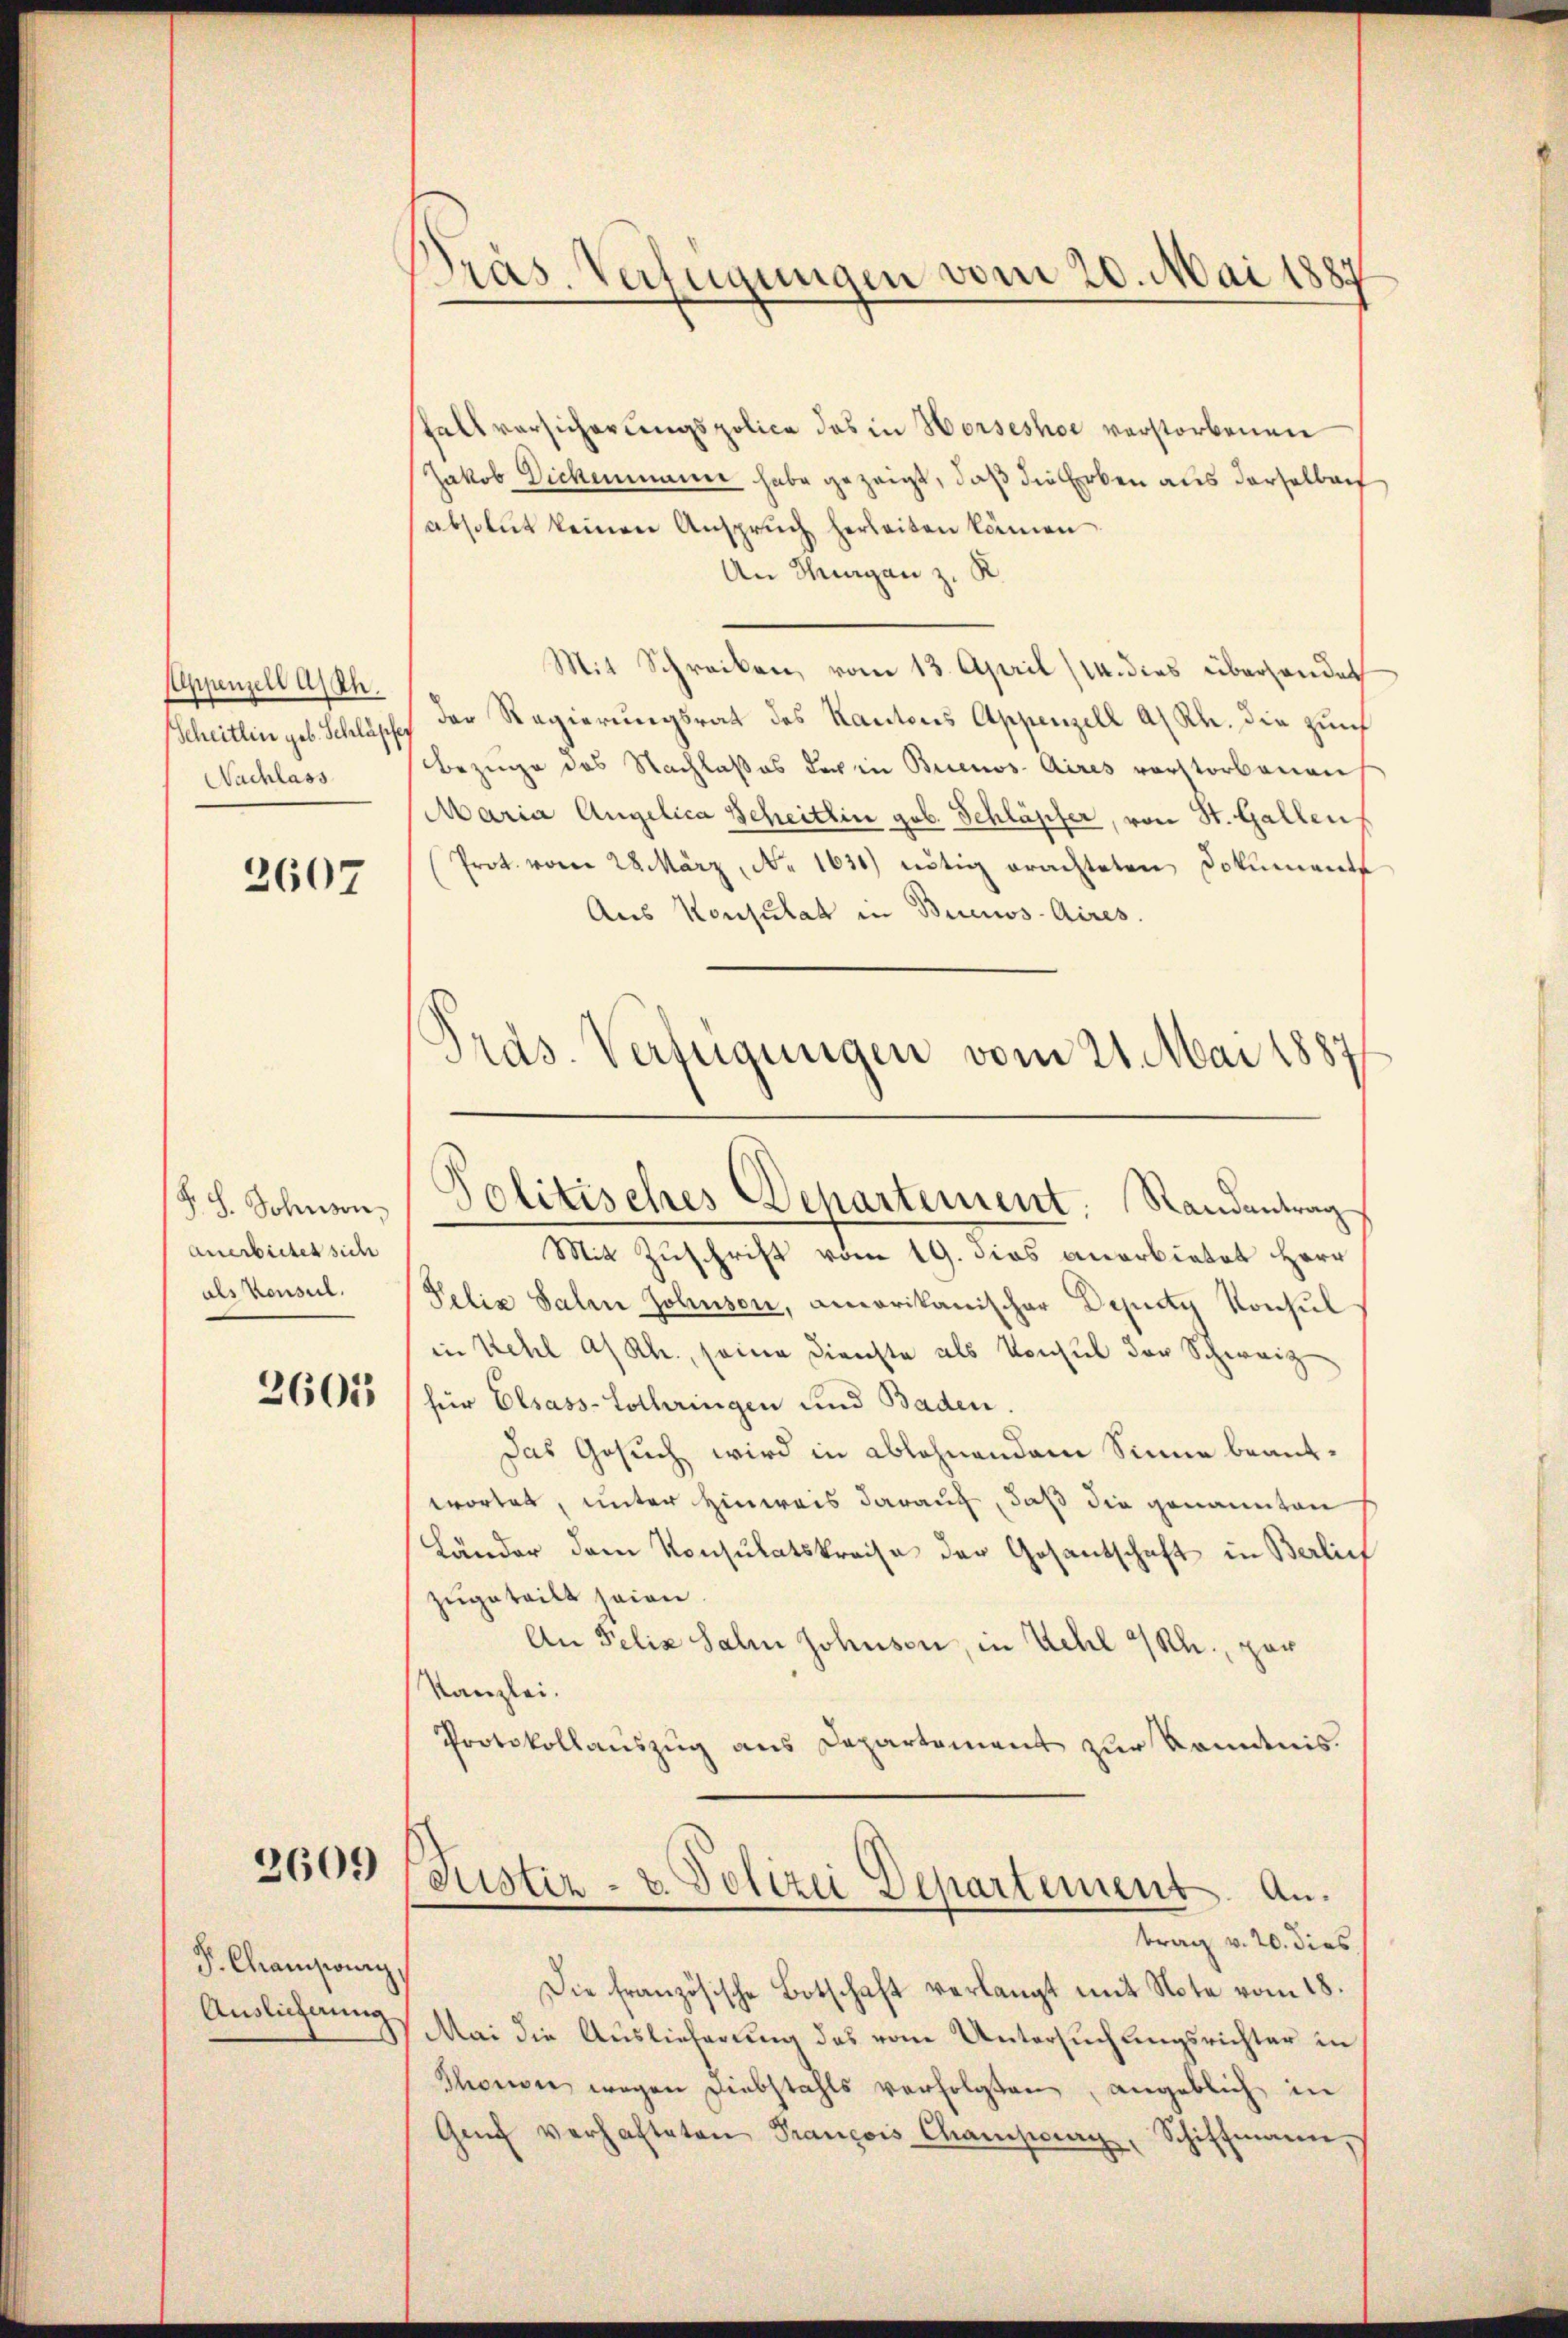
Appenzell a/Rh.
Nachlass

2607

P.S. Johnson,
anerbeitet sich
als Konsul.
2601

2609

P. Championy
Auslieferung

Präs. Verfügungen vom 20. Mai 1887

Fall versicherungspolica das in Horseshoe vorstorbenen
Jakob Dickenmann habe gezeigt, daß die Erben aus derselben
absolut keinen Anspruch herbeiten können.
An Thurgan z. R.
Mit Schreiben, vom 13. April (14. dies überhander
Scheitlin geb. Schlöpfe der Regierŭngsrat des Kantons Appenzell a/Rh. die zum
Bezüge des Nachlaßes der in Buenos Aires vorstorbenen
Maria Angelica Scheitlin geb. Schläpfer, von St. Gallen
Prot. vom 28. März, Nr. 1630) nötig erachteten Dokument
Aus Konsulat in Buenos-Aires.
Mit Zuschrift vom 19. dies anerbietet Herr
Felix Salen Johusen, amerikanischer Deputy Konsul
in Kehl a/Rh., seine Dienste als Konsul der Schweiz
für Elsass-Lothringen und Baden.
Das Gesuch wird in ablehnendem Sinne beantwortet, unter Hinweis darauf, daß die genannten
Länder dem Konsulatskreise der Gesandschaft in Berlief
zugeteilt seien
An Felix Salm Johusen, in Kehl 4 Rh., por
Kanzlei.
Protokollauszug aus Departement zur Kenntnis.
Justiz- & Polizei Departement. Antrag v. 20. dies
Die französische Botschaft verlangt mit Note vom 18.
Mai die Auslieferung das vom Untersuchungsrichter in
Thonder wegen Diebstahls verfolgten, angeblich in
Genf verhafteten Prancois Champig, Schiffmann,

Präs. Verfügungen vom 21. Mai 1887
Politisches Dechartement: Randantrag